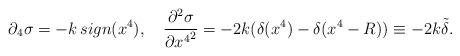
LaTeX: \begin{align*} \partial_4 \sigma = -k\, sign(x^4), \quad \frac{\partial^2 \sigma}{\partial {x^4}^2} =-2k(\delta(x^4) - \delta(x^4-R)) \equiv -2k\tilde \delta .\end{align*}